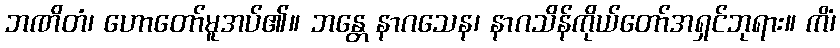
ဘဏိတံ၊ ဟောတော်မူအပ်၏။ ဘန္တေ နာဂသေန၊ နာဂသိန်ကိုယ်တော်အရှင်ဘုရား။ ကိံ၊